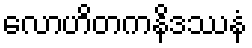
လောဟိတကနိဒဿနံ